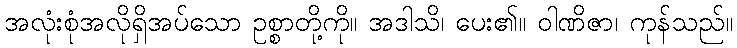
အလုံးစုံအလိုရှိအပ်သော ဥစ္စာတို့ကို။ အဒါသိ၊ ပေး၏။ ဝါဏိဇာ၊ ကုန်သည်။